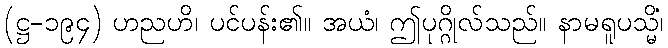
(ဋ္ဌ-၁၉၄) ဟညဟိ၊ ပင်ပန်း၏။ အယံ၊ ဤပုဂ္ဂိုလ်သည်။ နာမရူပသ္မိံ၊